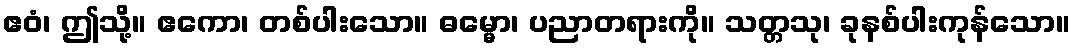
ဧဝံ၊ ဤသို့။ ဧကော၊ တစ်ပါးသော။ ဓမ္မော၊ ပညာတရားကို။ သတ္တသု၊ ခုနစ်ပါးကုန်သော။